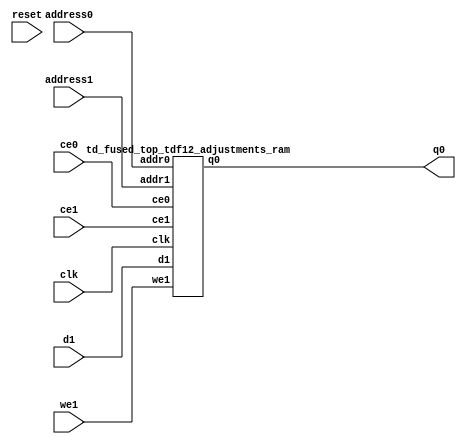
`define EXPONENT 5
`define MANTISSA 10
`define ACTUAL_MANTISSA 11
`define EXPONENT_LSB 10
`define EXPONENT_MSB 14
`define MANTISSA_LSB 0
`define MANTISSA_MSB 9
`define MANTISSA_MUL_SPLIT_LSB 3
`define MANTISSA_MUL_SPLIT_MSB 9
`define SIGN 1
`define SIGN_LOC 15
`define DWIDTH (`SIGN+`EXPONENT+`MANTISSA)
`define IEEE_COMPLIANCE 1

module td_fused_top_tdf12_adjustments(
    reset,
    clk,
    address0,
    ce0,
    q0,
    address1,
    ce1,
    we1,
    d1);

parameter DataWidth = 32'd48;
parameter AddressRange = 32'd1000;
parameter AddressWidth = 32'd10;
input reset;
input clk;
input[AddressWidth - 1:0] address0;
input ce0;
output[DataWidth - 1:0] q0;
input[AddressWidth - 1:0] address1;
input ce1;
input we1;
input[DataWidth - 1:0] d1;



td_fused_top_tdf12_adjustments_ram td_fused_top_tdf12_adjustments_ram_U(
    .clk( clk ),
    .addr0( address0 ),
    .ce0( ce0 ),
    .q0( q0 ),
    .addr1( address1 ),
    .ce1( ce1 ),
    .we1( we1 ),
    .d1( d1 )
);

endmodule
module td_fused_top_tdf12_adjustments_ram (addr0, ce0, q0, addr1, ce1, d1, we1,  clk);

parameter DWIDTH = 48;
parameter AWIDTH = 10;
parameter MEM_SIZE = 1000;

input[AWIDTH-1:0] addr0;
input ce0;
output wire[DWIDTH-1:0] q0;
input[AWIDTH-1:0] addr1;
input ce1;
input[DWIDTH-1:0] d1;
input we1;
input clk;

 reg [DWIDTH-1:0] ram[MEM_SIZE-1:0];
wire [AWIDTH-1:0] addr0_t0; 
reg [AWIDTH-1:0] addr0_t1; 
reg [DWIDTH-1:0] q0_t0;
reg [DWIDTH-1:0] q0_t1;
wire [AWIDTH-1:0] addr1_t0; 
reg [AWIDTH-1:0] addr1_t1; 
wire [DWIDTH-1:0] d1_t0; 
wire we1_t0; 
reg [DWIDTH-1:0] d1_t1; 
reg we1_t1; 


assign addr0_t0 = addr0;
assign q0 = q0_t1;
assign addr1_t0 = addr1;
assign d1_t0 = d1;
assign we1_t0 = we1;

always @(posedge clk)  
begin
    if (ce0) 
    begin
        addr0_t1 <= addr0_t0; 
        q0_t1 <= q0_t0;
    end
    if (ce1) 
    begin
        addr1_t1 <= addr1_t0; 
        d1_t1 <= d1_t0;
        we1_t1 <= we1_t0;
    end
end


always @(posedge clk)  
begin 
    if (ce0) begin
        q0_t0 <= ram[addr0_t1];
    end
end


always @(posedge clk)  
begin 
    if (ce1) begin
        if (we1_t1) 
            ram[addr1_t1] <= d1_t1; 
    end
end


endmodule